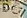
DUI